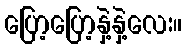
ပြော့ပြော့နှဲ့နှဲ့လေး။